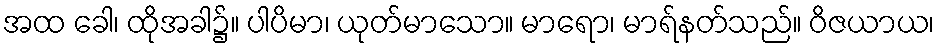
အထ ခေါ၊ ထိုအခါ၌။ ပါပိမာ၊ ယုတ်မာသော။ မာရော၊ မာရ်နတ်သည်။ ဝိဇယာယ၊